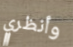
وأنظري